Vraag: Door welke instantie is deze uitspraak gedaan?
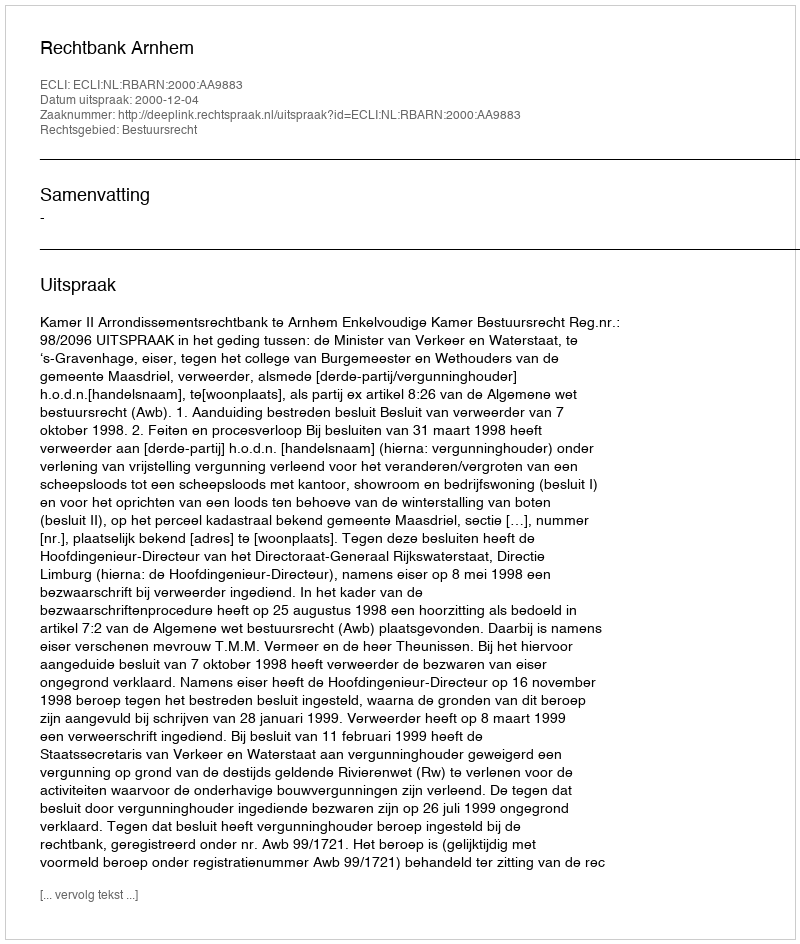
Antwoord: Rechtbank Arnhem